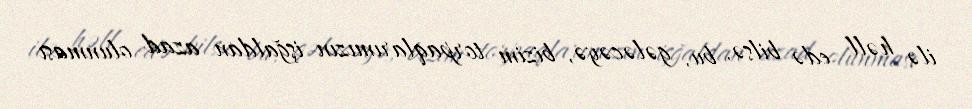
ilə həll edə bilsə, bu, gələcəyə, bizim torpaqlarımızın işğaldan azad olunması